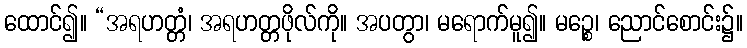
ထောင်၍။ “အရဟတ္တံ၊ အရဟတ္တဖိုလ်ကို။ အပတွာ၊ မရောက်မူ၍။ မဉ္စေ၊ ညောင်စောင်း၌။